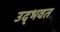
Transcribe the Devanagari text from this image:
उद्‌भवत